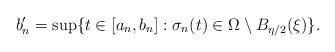
LaTeX: \begin{align*}b_n^\prime = \sup\{ t \in [a_n,b_n] : \sigma_n(t) \in \Omega \setminus B_{\eta/2}(\xi)\}.\end{align*}